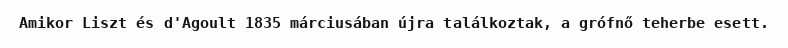
Amikor Liszt és d'Agoult 1835 márciusában újra találkoztak, a grófnő teherbe esett.